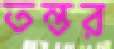
তন্তর